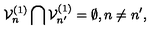
{ \cal V } _ { n } ^ { ( 1 ) } \bigcap { \cal V } _ { n ^ { \prime } } ^ { ( 1 ) } = \emptyset , n \neq n ^ { \prime } ,